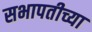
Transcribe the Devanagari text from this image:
सभापतीच्या